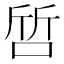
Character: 啠